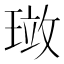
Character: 𪼂